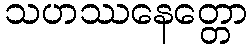
သဟဿနေတ္တော